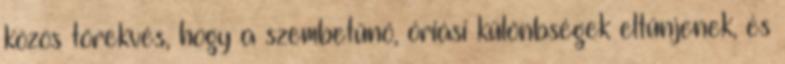
közös törekvés, hogy a szembetűnő, óriási különbségek eltűnjenek, és